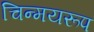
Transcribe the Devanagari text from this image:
चिन्मयरूप